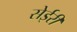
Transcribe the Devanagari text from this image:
सेईरी